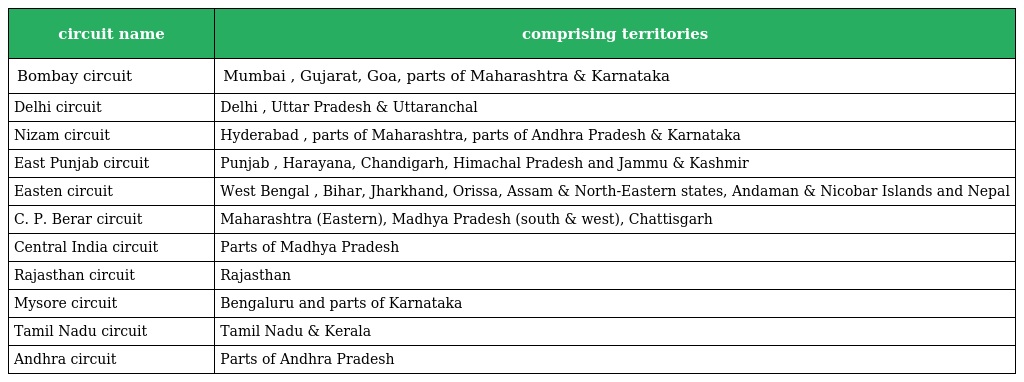
| circuit name | comprising territories |
 | --- | --- |
 | Bombay circuit | Mumbai , Gujarat, Goa, parts of Maharashtra & Karnataka |
 | Delhi circuit | Delhi , Uttar Pradesh & Uttaranchal |
 | Nizam circuit | Hyderabad , parts of Maharashtra, parts of Andhra Pradesh & Karnataka |
 | East Punjab circuit | Punjab , Harayana, Chandigarh, Himachal Pradesh and Jammu & Kashmir |
 | Easten circuit | West Bengal , Bihar, Jharkhand, Orissa, Assam & North-Eastern states, Andaman & Nicobar Islands and Nepal |
 | C. P. Berar circuit | Maharashtra (Eastern), Madhya Pradesh (south & west), Chattisgarh |
 | Central India circuit | Parts of Madhya Pradesh |
 | Rajasthan circuit | Rajasthan |
 | Mysore circuit | Bengaluru and parts of Karnataka |
 | Tamil Nadu circuit | Tamil Nadu & Kerala |
 | Andhra circuit | Parts of Andhra Pradesh |